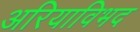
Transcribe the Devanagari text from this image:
अरियाविभद